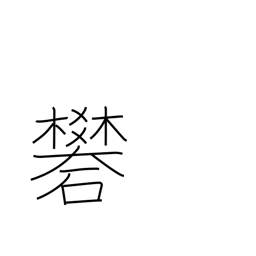
Meaning: alum